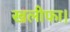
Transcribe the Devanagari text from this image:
खलीफा।